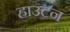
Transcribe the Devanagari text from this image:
हाउटन